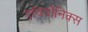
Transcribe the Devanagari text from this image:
एवियॉनिक्स